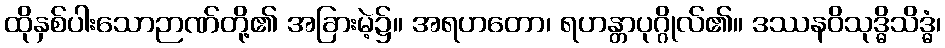
ထိုနှစ်ပါးသောဉာဏ်တို့၏ အခြားမဲ့၌။ အရဟတော၊ ရဟန္တာပုဂ္ဂိုလ်၏။ ဒဿနဝိသုဒ္ဓိသိဒ္ဓံ၊